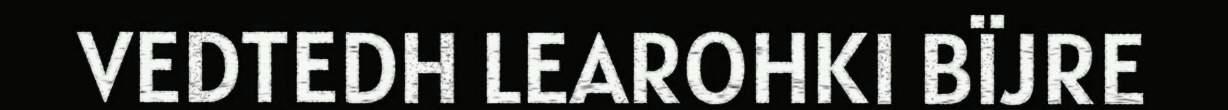
VEDTEDH LEAROHKI BÏJRE